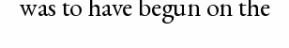
was to have begun on the